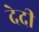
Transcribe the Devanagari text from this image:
देदी